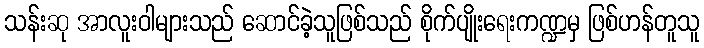
သန်းဆု အာလူးဝါများသည် ဆောင်ခဲ့သူဖြစ်သည် စိုက်ပျိုးရေးကဏ္ဍမှ ဖြစ်ဟန်တူသူ